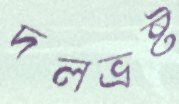
দলভ্রষ্ট